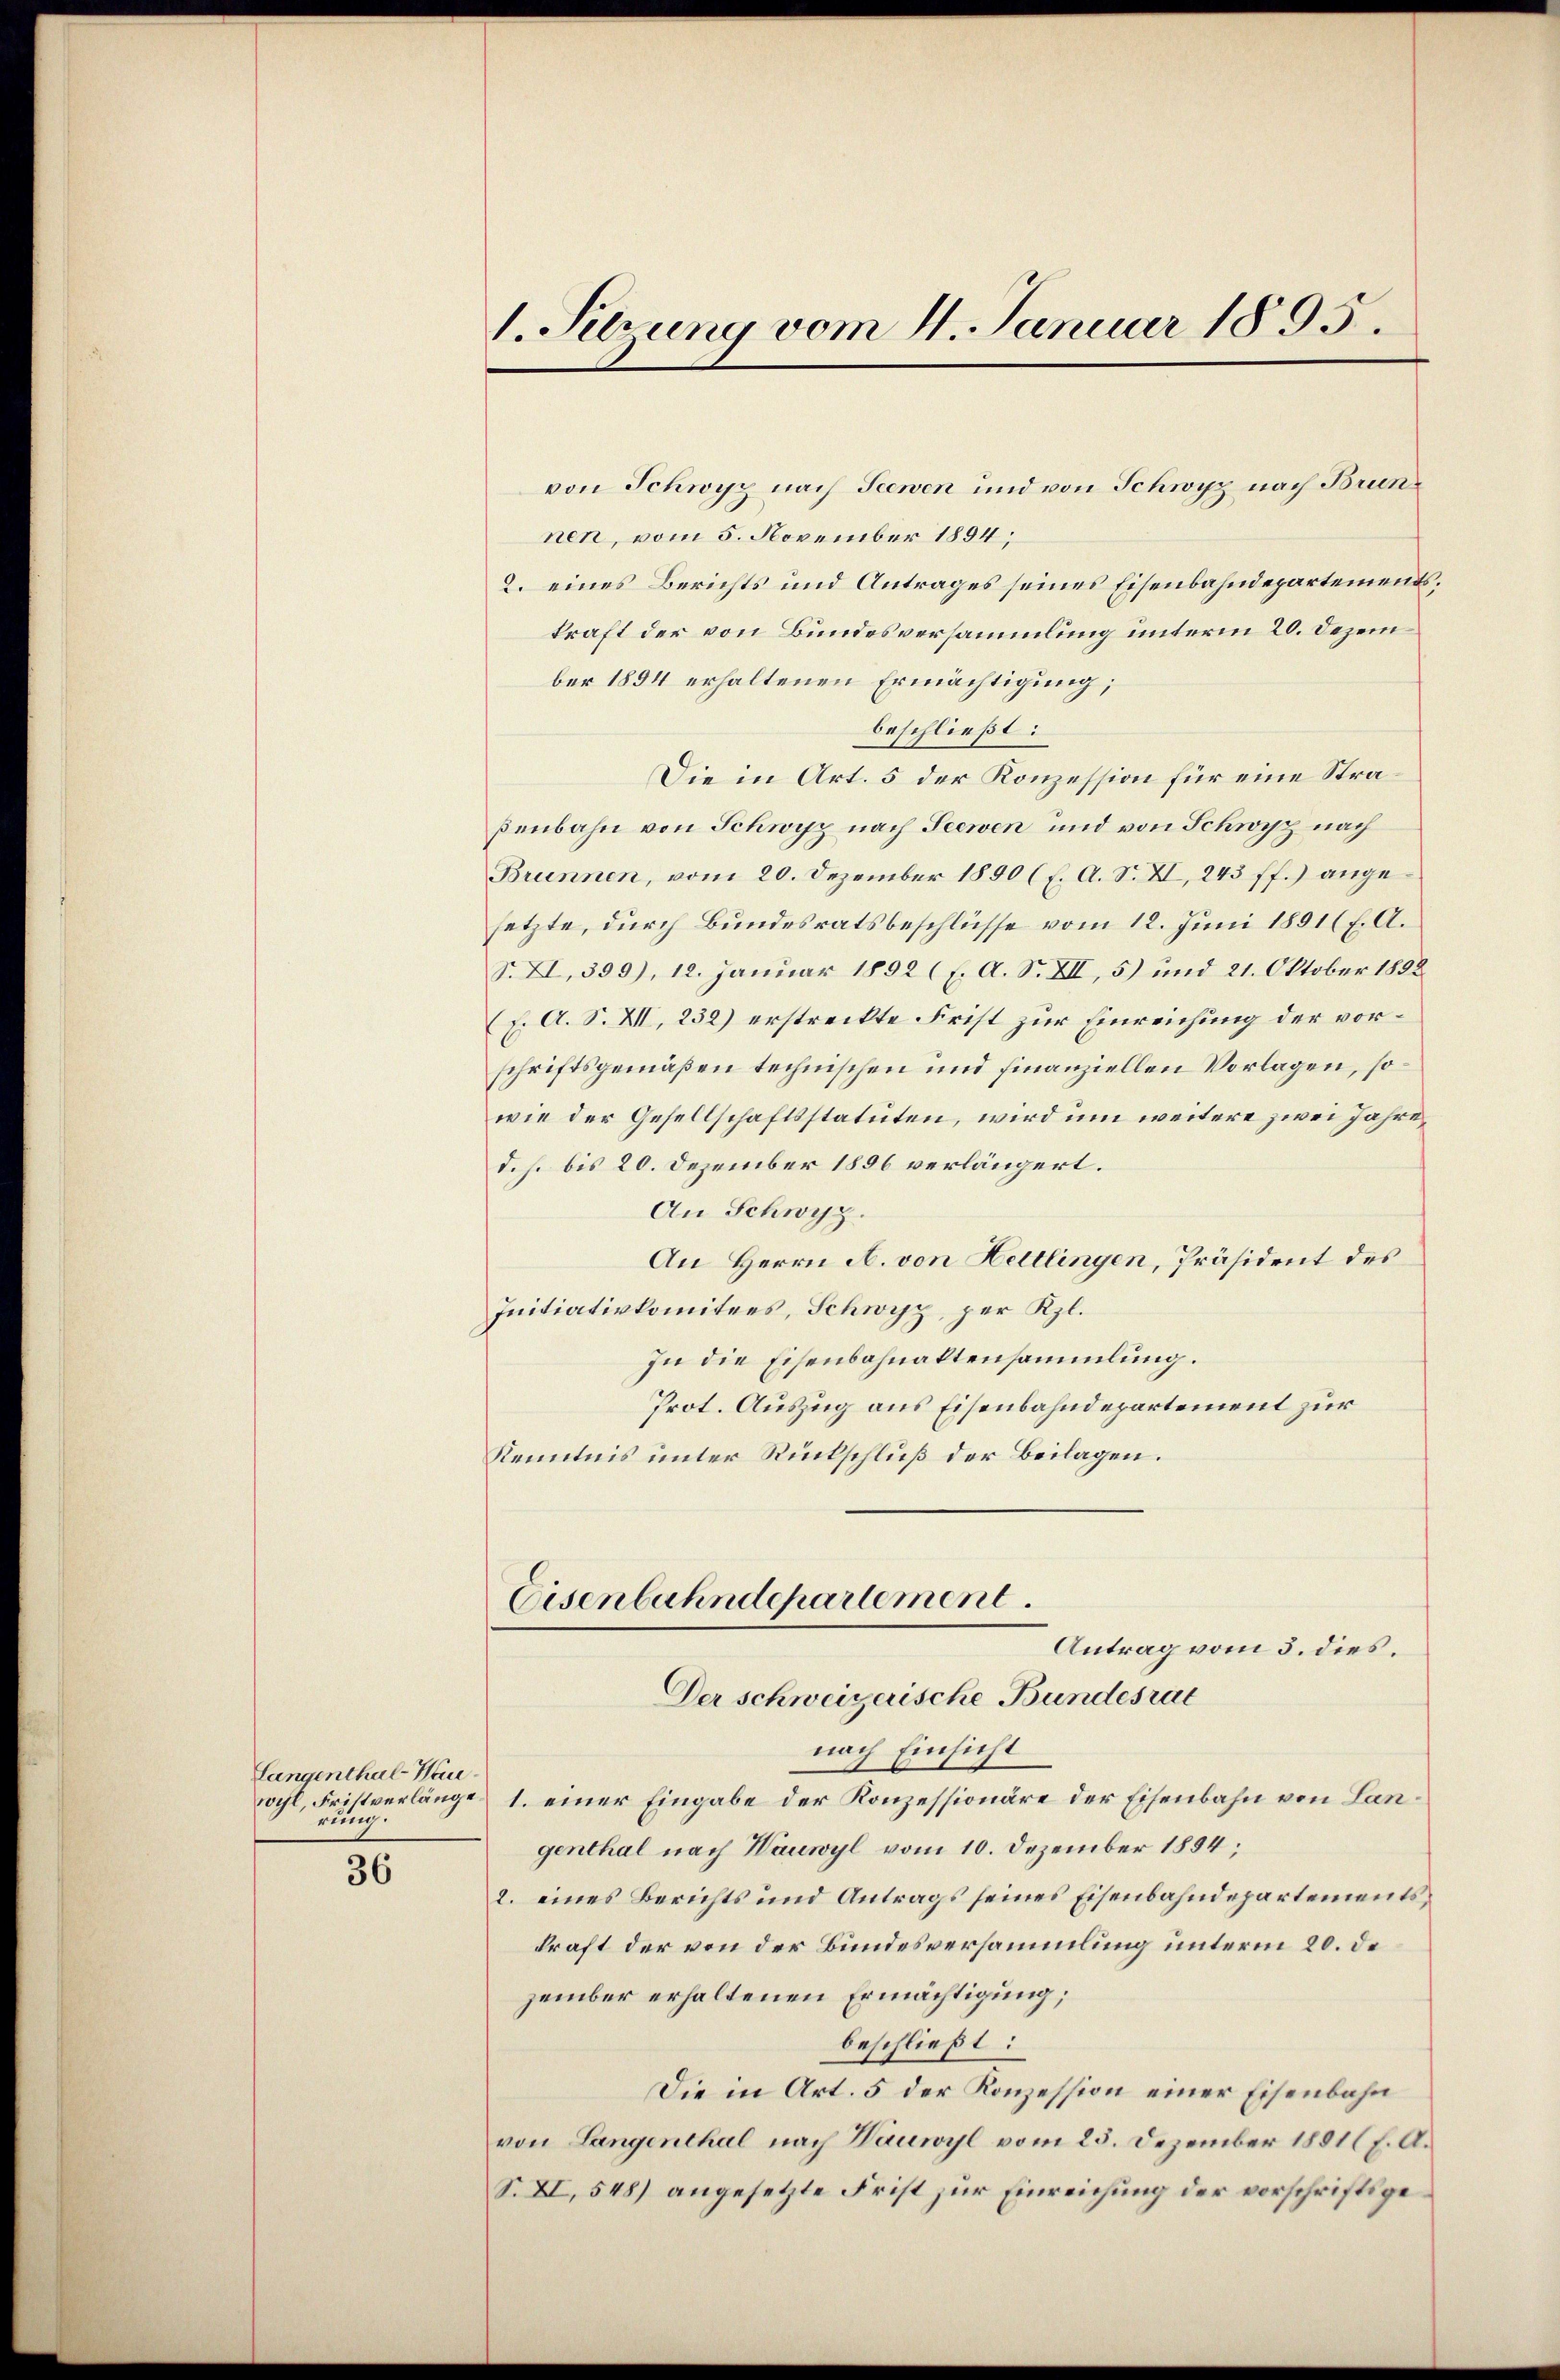
Langenthal-Hau
wyl, Fristverlänge.
rug.

36

1. Sehrung vom 4. Januar 1895.

von Schwyz nach Seewen und von Schwyz nach Brunnen, vom 5. November 1894;
2. eines Berichts und Antrages seines Eisenbahndepartements,
kraft der von Bundesversammlung unterm 20. Dezember 1894 erhaltenen Ermächtigung;
beschließt:
Die in Art. 5 der Konzession für eine Straßenbahn von Schwyz nach Seewen und von Schwyz nach
Brunnen, vom 20. Dezember 1890 (E. A. S. VI, 243 ff.) angesetzte, durch Bundesratsbeschlüsse vom 12. Juni 1891 (F. A.
S. XI, 399), 12. Januar 1892 (E. A. S. XII, 5) und 21. Oktober 1802.
E. A. S. XII. 232) erstreckte Frist zur Einreichung der vorschriftsgemäßen technischen und finanziellen Vorlagen, sowie der Gesellschaftsstatuten, wird um weitere zwei Jahre
d. h. bis 20. Dezember 1856 verlängert.
An Schwyz.
An Herrn A. von Hettlingen, Präsident des
Initiativkomitees, Schwyz, per Kl.
In die Eisenbahnaktensammlung.
Prot. Auszug aus Eisenbahndepartement zur
Kenntnis unter Rückschluß der Beilagen.
Eisenbahndepartement
Antrag vom 3. dies.
Der schweizerische Bundesrat
nach Einsicht
1. einer Eingabe der Konzessionäre der Eisenbahn von Langenthal nach Wauwyl vom 10. Dezember 1854;
2. eines Berichts und Antrags seines Eisenbahndepartements,
kraft der von der Bundesversammlung unterm 20. de
zember erhaltenen Ermächtigung;
beschließt:
Die in Art. 5 der Konzession einer Eisenbahn
von Langenthal nach Wauwyl vom 25. Dezember 1881 f. A.
S. XI, 548) angesetzte Frist zur Einreichung der vorschriftsge¬